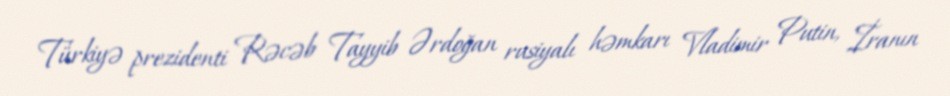
Türkiyə prezidenti Rəcəb Tayyib Ərdoğan rusiyalı həmkarı Vladimir Putin, İranın